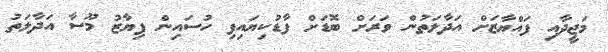
މަޖީދާއި ފައްޔާޒަށް އަދާލަތުން ވަރަށް ބޮޑަށް ފާޑުކިޔައިފި ހުސައިން ފިޔާޒު މޫސާ އަދާލަތު